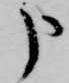
申